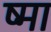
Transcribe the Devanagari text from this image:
ष्मा